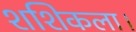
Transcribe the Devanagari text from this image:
शशिकला।